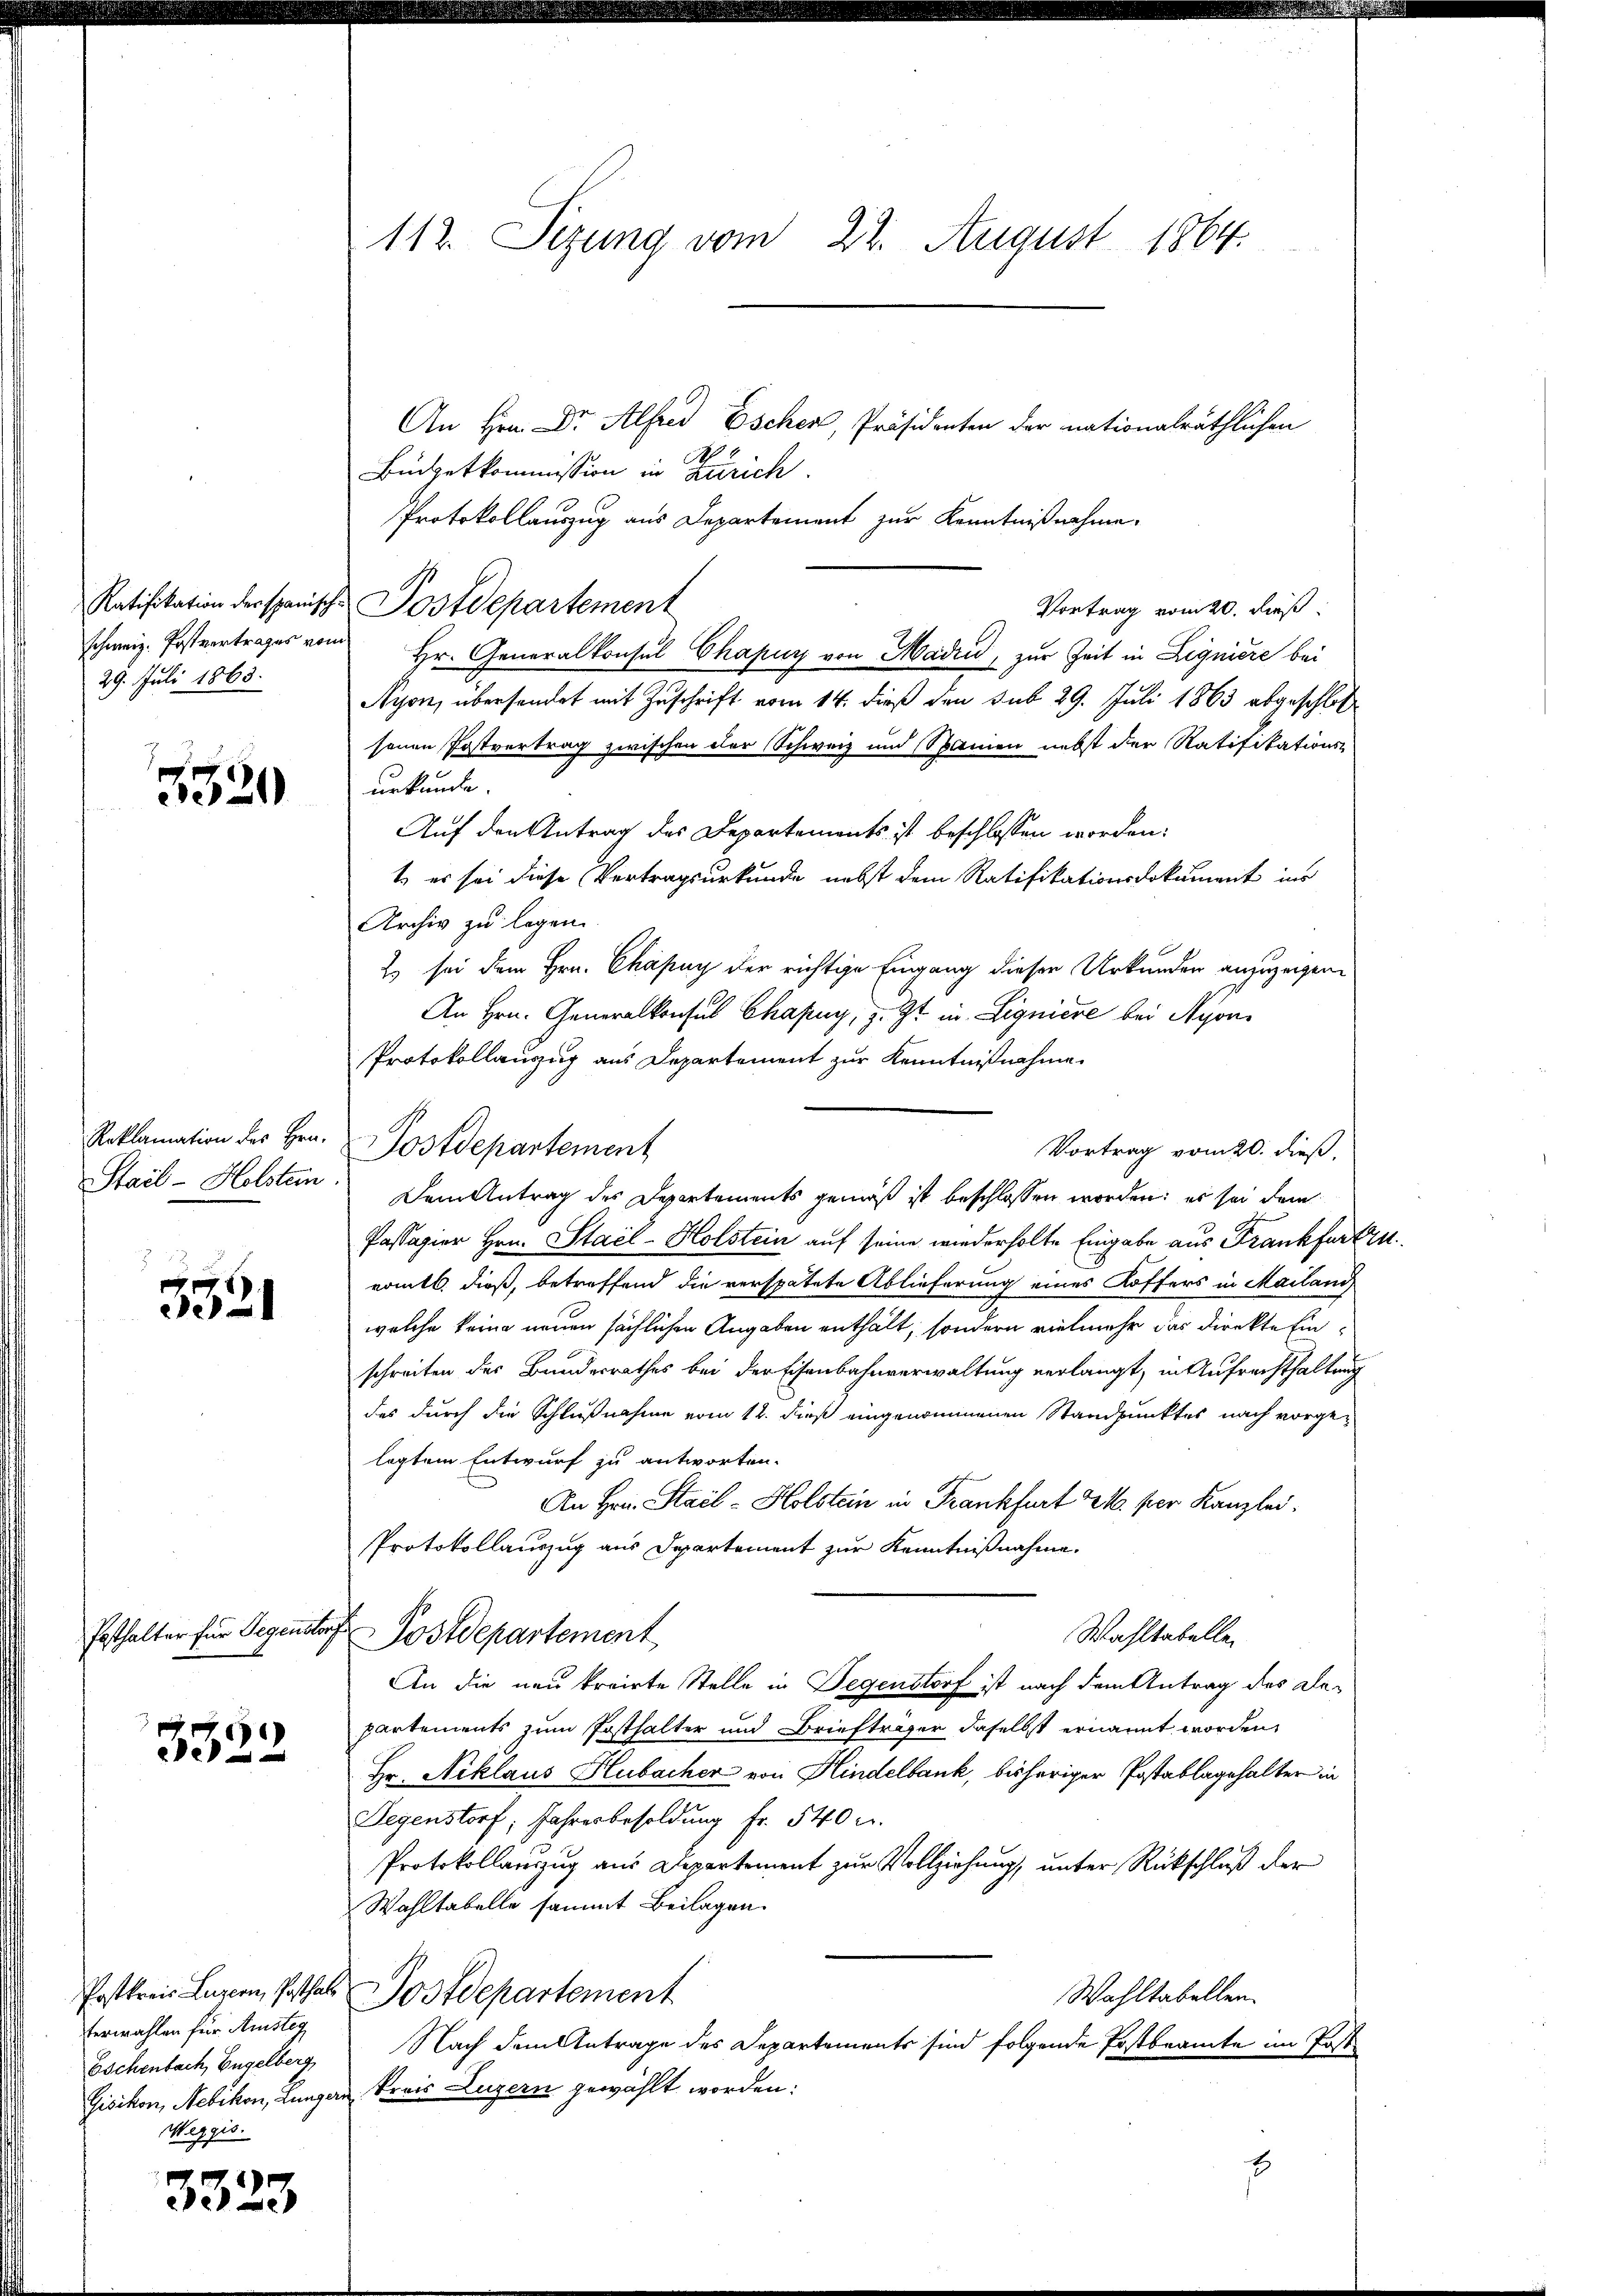
29. Juli 1863.

5520

Stail-Holstein.

3321

Posthalter für Gegenstorf

3322

ferwahlen für Anstag
Eschenbach, Engelberg
Weggis.

3323

An Hrn. Dr. Alfred Escher, Präsidenten der nationalräthlichen
E
Büdgetkommission in Zürich
Protokollauszug aus Departement zur Kenntnißnahme.
Ratifikation der spanische Postdepartement
Vortrag vom 20. dieß
schweiz. Postvertrages von Hr. Generalkonsul Chapuy von Madri, zur Zeit in Ligniere bei
Nyon, übersendet mit Zuschrift vom 14. dieß den sub 29. Juli 1863 abgeschloß
senen Postvertrag zwischen der Schweiz und Spanien nebst der Ratifikations-
urkunde.
Auf den Antrag des Departements ist beschlossen worden:
t es sei diese Vertragsurkunde nebst dem Ratifikationsdokument ins
Archiv zu legen.
2 sei dem Hrn. Chapuy der richtige Eingang dieser Urkunden anzuzeigen
An Hrn. Generalkonsus Chapuy, z. Zt. in Signiere bei Nyon
Protokollauzug aus Departement zur Kenntnißnahme.
Reklamation des Hrn. Postdepartement
Vortrag vom 20. dieß,
Dem Antrag des Departements gemäß ist beschlossen worden; es sei dem
Passagier Hrn. Stacl-Holstein auf seine wiederholte Eingabe aus Frankfurt zu
nomtl. dieß, betreffend die verspätete Ablieferung eines Koffers in Mailand,
welche keine neuen sächlichen Angaben enthält, sondern vielmehr das direkte Einschreiten des Bundesrathes bei der Eisenbahnverwaltung verlangt, in Aufrechthaltung
das durch die Schlußnahme vom 12. dieß eingenommenen Standpunktes nach vorgelagtem Entwurf zu antworten.
An Hrn. Stail-Holstein in Frankfurt 21. per Kanzlei.
Protokollauszug aus Departement zur Kenntnißnahme.
Wahltabellen
Postdepartement
An die neu kreiste Stelle in Gegenstorf ist nach dem Antrag des Departements zum Posthalter und Briefträger daselbst ernannt worden,
Fr. Niklaus Hlubacher von Hindelbank, bisheriger Postablagehalter in
Degenstorf, Jahresbesoldung fr. 540 c.
Protokollauszug aus Departement zur Vollziehung, unter Rückschluß der
Wahltabelle sammt Beilagen
Postkreis Luzern, Posthals Postdepartement
Wahltabellen.
Nach dem Antrage des Departements sind folgende Postbeamte im Post¬
Gisikon, Nebikon, Lungern Preis Luzern gewählt worden:
.

112. Sezung vom 22. August 1864.